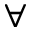
\forall